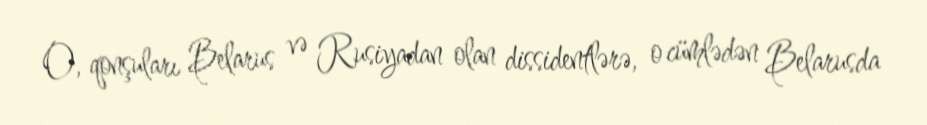
O, qonşuları Belarus və Rusiyadan olan dissidentlərə, o cümlədən Belarusda